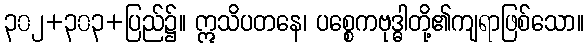
၃၀၂+၃၀၃+ပြည်၌။ ဣသိပတနေ၊ ပစ္စေကဗုဒ္ဓါတို့၏ကျရာဖြစ်သော။